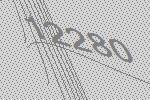
12280